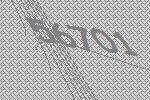
56701